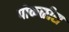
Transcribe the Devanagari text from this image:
पोकळीस